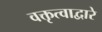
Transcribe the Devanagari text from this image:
वक्तृत्वाद्वारे